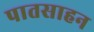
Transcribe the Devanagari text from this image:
पातसाहन